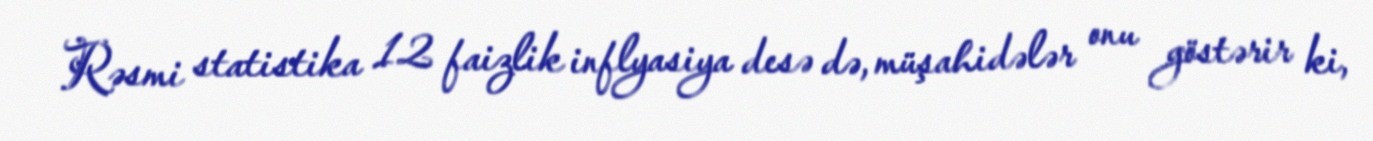
Rəsmi statistika 12 faizlik inflyasiya desə də, müşahidələr onu göstərir ki,